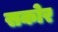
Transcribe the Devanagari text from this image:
सकोर